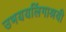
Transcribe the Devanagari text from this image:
उभययलिंगाश्रयी